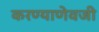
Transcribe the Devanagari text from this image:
करण्याणेवजी